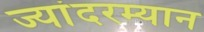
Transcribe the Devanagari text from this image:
ज्यांदरम्यान